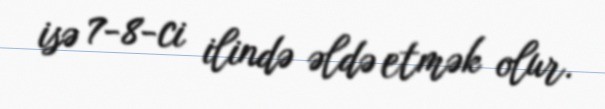
isə 7-8-ci ilində əldə etmək olur.